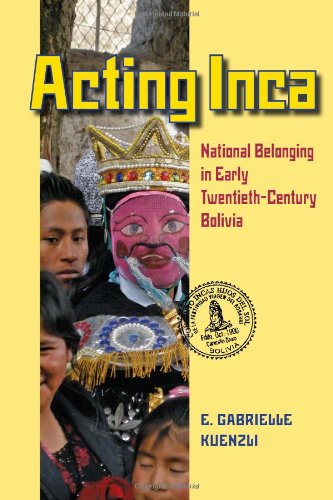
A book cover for Acting Inca: National Belonging in Early Twentieth-Century Bolivia (Pitt Latin American Series); E. Gabrielle Kuenzli; History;